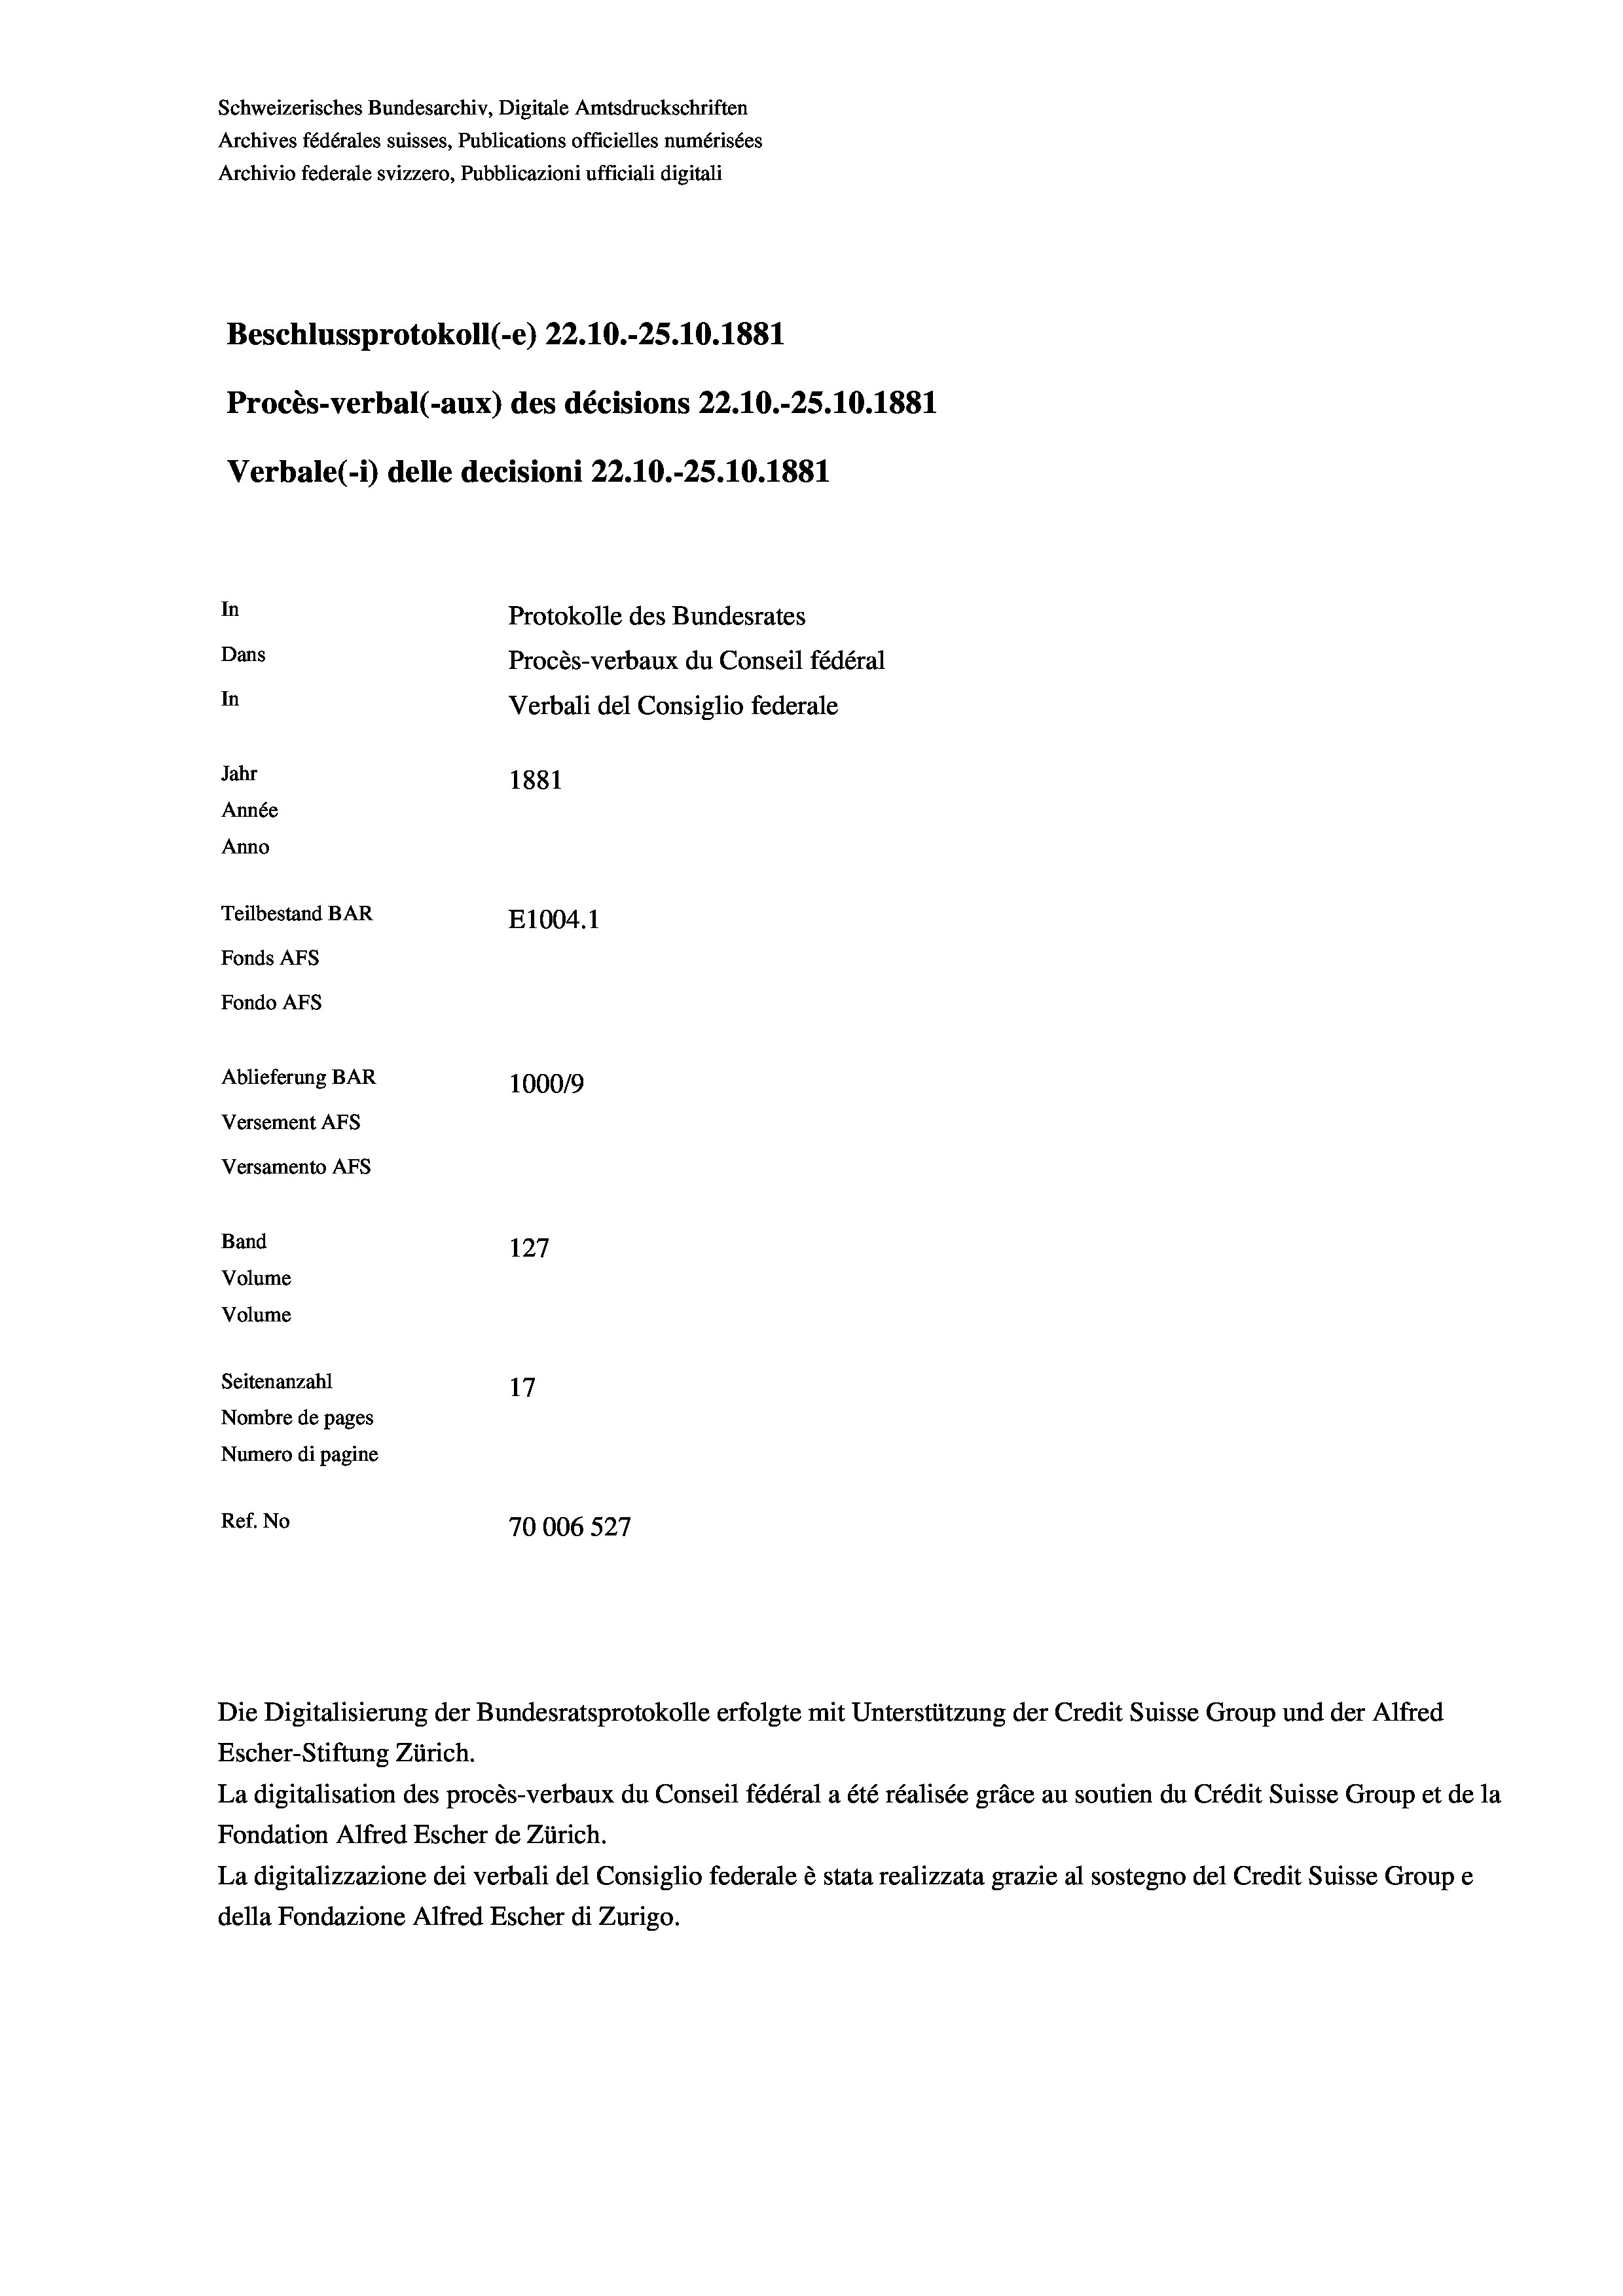
Schweizerisches Bundesarchiv, Digitale Amtsdruckschriften
Archives fédérales suisses, Publications officielles numérisées
Archivio federale svizzero, Pubblicazioni ufficiali digitali
Beschlussprotokoll (-e) 22.10.-25.10.1881
Procès-verbal (-aux) des décisions 22.10.-25.10.1881
Verbale (- 1) delle decisioni 22.10.-25.10.1881
In
Protokolle des Bundesrates
Dans
Procès-verbaux du Conseil fédéral
In
Verbali del Consiglio federale
Jahr
1881
Année
Anno
Teilbestand BAR
E1004. 1
Fonds AFs
Fondo AFS
Ablieferung BAR
100019
Versement AFs
Versamento Afs
Band
127
Volume
Volume
Seitenanzahl
17
Nombre de pages
Numero di pagine
Ref. No
70006 527

Die Digitalisierung der Bundesratsprotokolle erfolgte mit Unterstützung der Credit Suisse Group und der Alfred
Escher-Stiftung Zürich.
La digitalisation des procès-verbaux du Conseil fédéral a été réalisée gräce au soutien du Crédit Suisse Group et de la
Fondation Alfred Escher de Zürich.
La digitalizzazione dei verbali del Consiglio federale è stata realizzata grazie al sostegno del Credit Suisse Groupe
della Fondazione Alfred Escher di Zurigo.